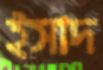
ইসাদ